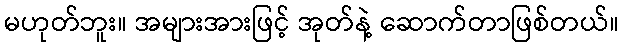
မဟုတ်ဘူး။ အများအားဖြင့် အုတ်နဲ့ ဆောက်တာဖြစ်တယ်။